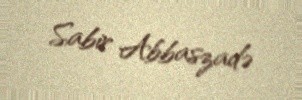
Sabir Abbaszadə